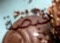
قبضة